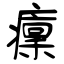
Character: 癛